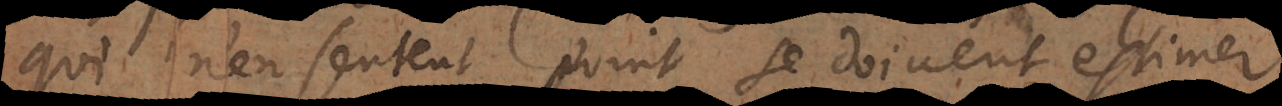
qui n’en sentent point se doivent estimer